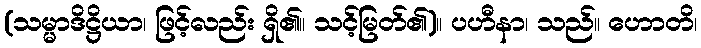
(သမ္မာဒိဋ္ဌိယာ၊ ဖြင့်လည်း ရှိ၏။ သင့်မြတ်၏)။ ပဟီနာ၊ သည်။ ဟောတိ၊